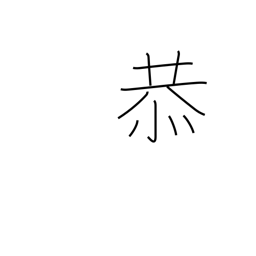
Meaning: reverent